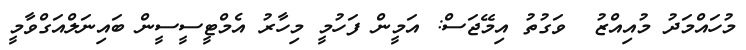
މުހައްމަދު މުއިއްޒު  ވަގުތު އިމޭޖަސް: އަމީން ފަހުމީ މިހާރު އެމްޓީސީސީން ބައިނަލްއަގްވާމީ